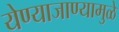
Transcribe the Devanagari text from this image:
येण्याजाण्यामुळे